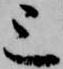
上